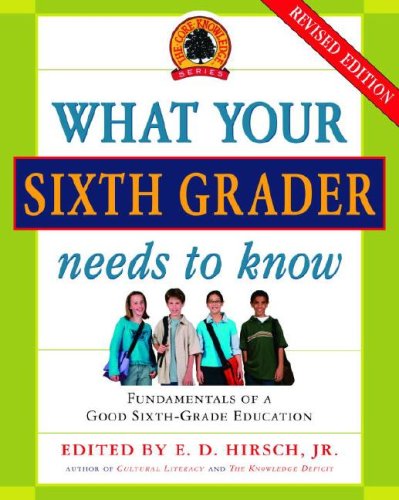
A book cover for What Your Sixth Grader Needs to Know (Revised) (Core Knowledge Series); E.D. Hirsch Jr.; Education & Teaching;